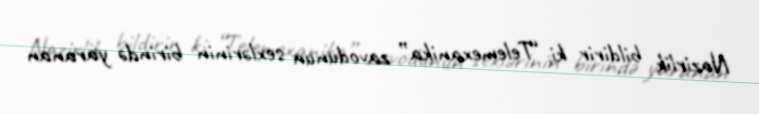
Nazirlik bildirir ki, “Telemexanika” zavodunun sexlərinin birində yaranan